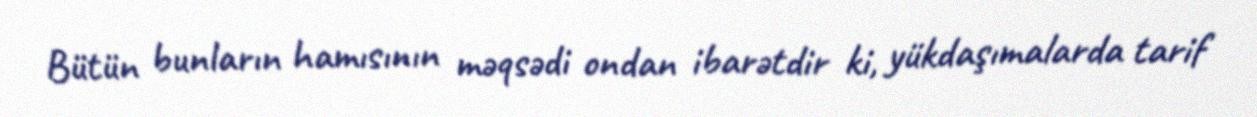
Bütün bunların hamısının məqsədi ondan ibarətdir ki, yükdaşımalarda tarif